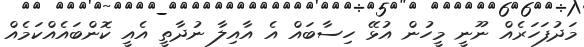
މަދުފަހަރެއް ނޫނީ މީހުން އުޅޭ ހިސާބައް އެ އާއިލާ ނުދާތީ އެއީ ކޮންބައެއްކަމެއް